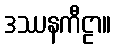
ဒဿနကီဠာ။